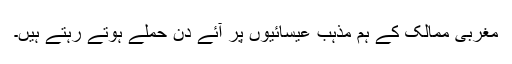
مغربی ممالک کے ہم مذہب عیسائیوں پر آئے دن حملے ہوتے رہتے ہیں۔